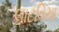
લાટવિયા